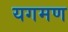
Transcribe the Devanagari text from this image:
यगमण